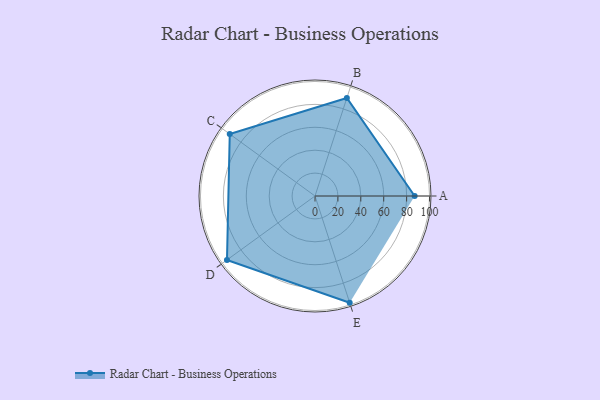
{"axis": {"x": "Skill", "y": "Score"}, "legend": ["Profile"], "data": [{"x": "A", "y": 87.0, "type": "Profile"}, {"x": "B", "y": 90.0, "type": "Profile"}, {"x": "C", "y": 92.0, "type": "Profile"}, {"x": "D", "y": 95.0, "type": "Profile"}, {"x": "E", "y": 98.0, "type": "Profile"}]}